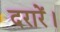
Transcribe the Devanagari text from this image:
दरारें।